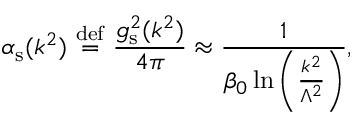
\alpha _ { \mathrm { s } } ( k ^ { 2 } ) \ { \stackrel { \mathrm { d e f } } { = } } \ { \frac { g _ { \mathrm { s } } ^ { 2 } ( k ^ { 2 } ) } { 4 \pi } } \approx { \frac { 1 } { \beta _ { 0 } \ln \left( { \frac { k ^ { 2 } } { \Lambda ^ { 2 } } } \right) } } ,